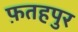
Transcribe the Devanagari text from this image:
फ़तहपुर